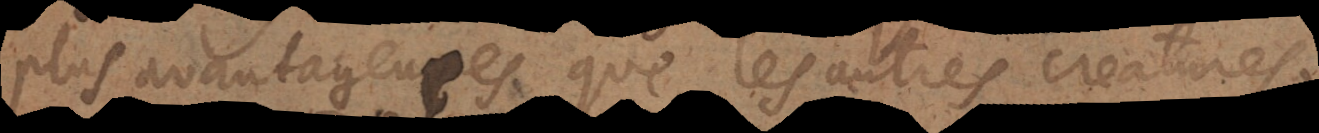
plus avantageuses que les autres creatures.